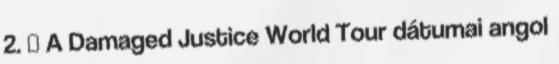
2. ↑ A Damaged Justice World Tour dátumai angol